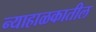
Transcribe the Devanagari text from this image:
न्याहाळकातील